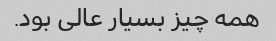
همه چیز بسیار عالی بود.